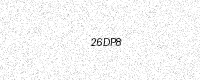
Text: 26DP8